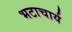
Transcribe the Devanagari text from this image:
भटाचार्य